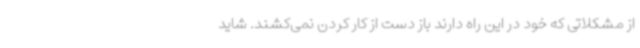
از مشکلاتی که خود در این راه دارند باز دست از کار کردن نمی‌کشند. شاید